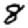
Digit: 8